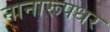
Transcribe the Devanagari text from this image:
नानारूपधर